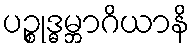
ပဉ္စုဒ္ဓမ္ဘာဂိယာနိ